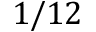
1 / 1 2